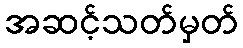
အဆင့်သတ်မှတ်